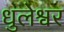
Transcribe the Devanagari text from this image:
धुलेश्वर